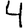
Digit: 4